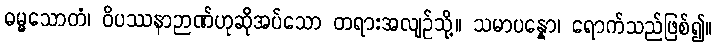
ဓမ္မသောတံ၊ ဝိပဿနာဉာဏ်ဟုဆိုအပ်သော တရားအလျဉ်သို့။ သမာပန္နော၊ ရောက်သည်ဖြစ်၍။